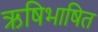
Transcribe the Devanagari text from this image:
ऋषिभाषित